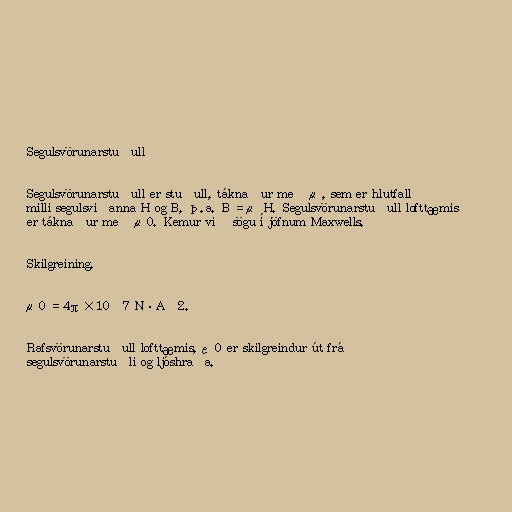
Segulsvörunarstuðull

Segulsvörunarstuðull er stuðull, táknaður með μ, sem er hlutfall
milli segulsviðanna H og B, þ.a. B = μ H. Segulsvörunarstuðull lofttæmis
er táknaður með μ0. Kemur við sögu í jöfnum Maxwells.

Skilgreining.

μ0 = 4π×10−7 N·A−2.

Rafsvörunarstuðull lofttæmis, ε0 er skilgreindur út frá
segulsvörunarstuðli og ljóshraða.